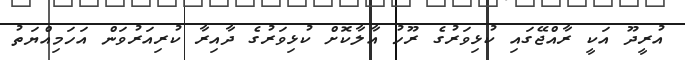
އުރީދޫ އަކީ ރާއްޖޭގައި ކުޅިވަރުގެ ރޫހު އާލާކޮށް ކުޅިވަރުގެ ދާއިރާ ކުރިއަރުވަން އަހަމިއްޔަތު